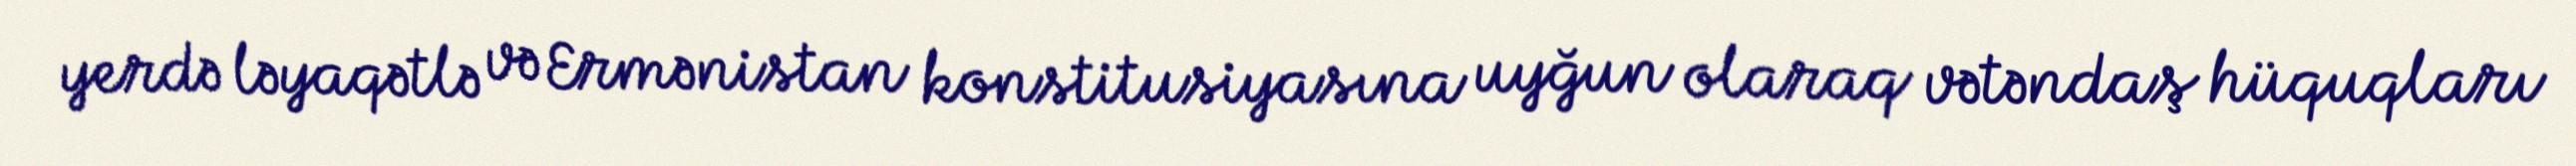
yerdə ləyaqətlə və Ermənistan konstitusiyasına uyğun olaraq vətəndaş hüquqları